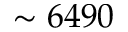
\sim 6 4 9 0